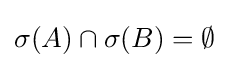
\sigma (A)\cap \sigma (B)=\emptyset